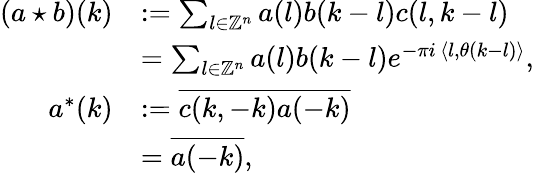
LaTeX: \begin{array}{rl}{(a\star b)(k)}&{:=\sum_{l\in\mathbb{Z}^{n}}a(l)b(k-l)c(l,k-l)}\\ &{=\sum_{l\in\mathbb{Z}^{n}}a(l)b(k-l)e^{-\pi i\, \langle l,\theta(k-l)\rangle},}\\ {a^{*}(k)}&{:=\overline{{c(k,-k)a(-k)}}}\\ &{=\overline{{a(-k)}},}\end{array}